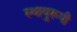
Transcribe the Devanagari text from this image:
स्थायुरूपी